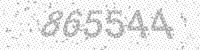
Solution: 865544